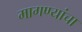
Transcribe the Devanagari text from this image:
मागण्यांचा